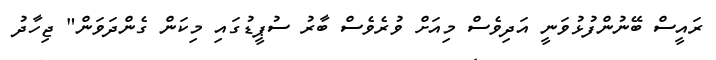
ރައީސް ބޭނުންފުޅުވަނީ އަދިވެސް މިއަށް ވުރެވެސް ބާރު ސުޕީޑުގައި މިކަން ގެންދަވަން" ޖިހާދު